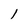
Character: 1